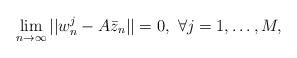
LaTeX: \begin{align*}\lim\limits_{n\to\infty}||w^j_n-A\bar{z}_n||=0,~\forall j=1,\ldots,M,\end{align*}